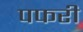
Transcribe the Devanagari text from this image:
पफरी